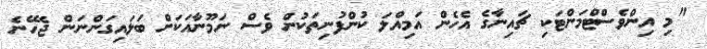
"މި އިންވެސްޓްމަންޓަކި ޗައިނާގެ އެހެން އަމިއްލަ ކުންފުނިތަކުން ވެސް ނަމޫނާއަކަށް ބަލައިގަންނަން ޖެހޭނެ